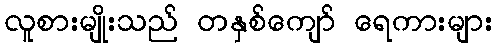
လူစားမျိုးသည် တနှစ်ကျော် ရေကားများ